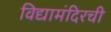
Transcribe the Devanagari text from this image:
विद्यामंदिरची